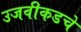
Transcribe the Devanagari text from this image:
उजवीकडचे